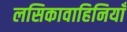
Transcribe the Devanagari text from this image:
लसिकावाहिनियाँ